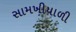
સામખીયાળી